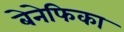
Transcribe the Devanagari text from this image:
बेनेफिका